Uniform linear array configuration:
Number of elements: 12
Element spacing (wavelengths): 0.5
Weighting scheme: blackman
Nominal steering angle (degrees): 15
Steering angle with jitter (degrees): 14.004
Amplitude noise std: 0.05
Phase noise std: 0.05

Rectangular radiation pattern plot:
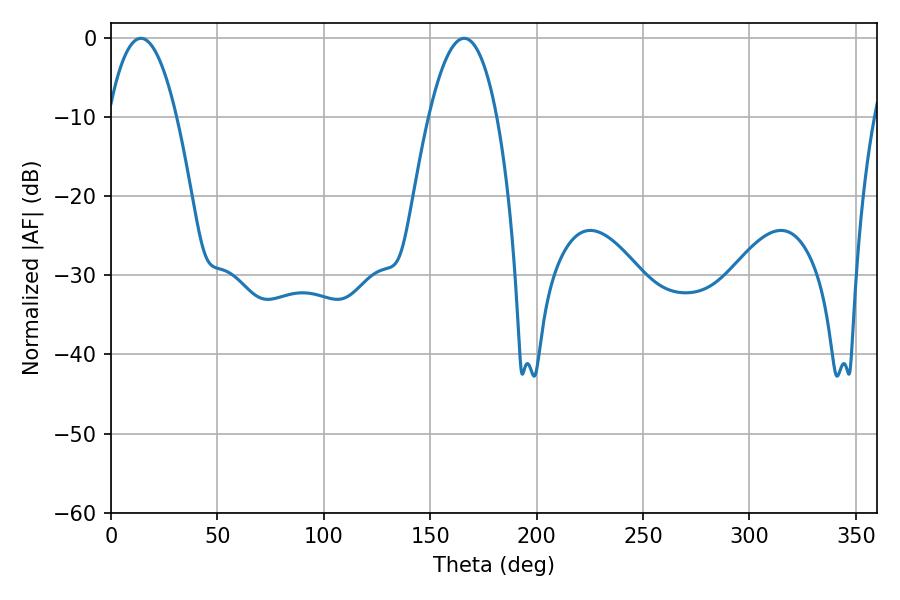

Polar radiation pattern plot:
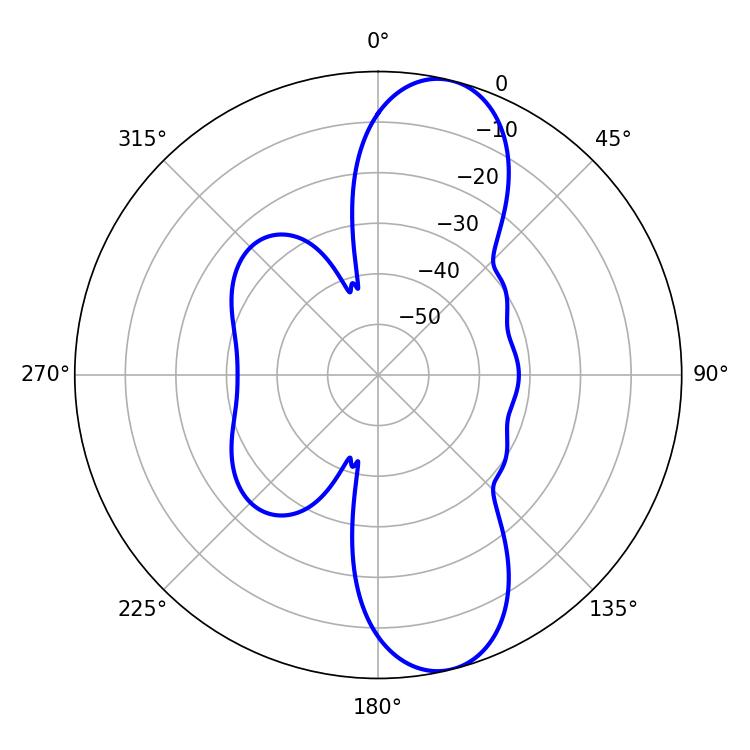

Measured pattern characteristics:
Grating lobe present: FALSE
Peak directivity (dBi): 10.908
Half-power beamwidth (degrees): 17.64
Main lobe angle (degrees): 14.04